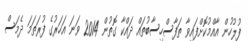
ފުލުހުން އާއްމުކޮށްފައިވާ ތަފާސްހިސާބުތައް ދައްކާ ގޮތުން 2014 ވަނަ އަހަރުގެ ފުރަތަމަ ދެމަސް